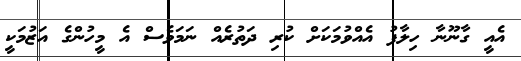
އެއީ ގާނޫނާ ހިލާފު އެއްވުމަކަށް ކުރި ދަތުރެއް ނަމަވެސް އެ މީހުންގެ އަޒުމަކީ